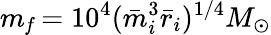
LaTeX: m_{\mathit f}=10^{4}(\bar{m}_{i}^{3}\bar{r}_{i})^{1/4}M_{\odot}